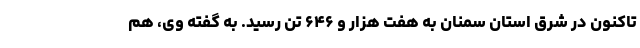
تاکنون در شرق استان سمنان به هفت هزار و ۶۴۶ تن رسید. به گفته وی، هم